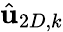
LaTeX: \hat{\textbf{u}}_{2D,k}